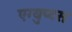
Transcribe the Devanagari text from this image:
एग्युप्टस